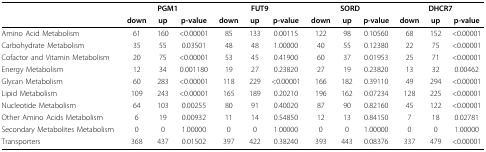
|  | <COLSPAN=3> PGM1 | <COLSPAN=3> FUT9 | <COLSPAN=3> SORD | <COLSPAN=3> DHCR7 |
 |  | down | up | p-value | down | up | p-value | down | up | p-value | down | up | p-value |
 | --- | --- | --- | --- | --- | --- | --- | --- | --- | --- | --- | --- | --- |
 | Amino Acid Metabolism | 61 | 160 | <0.00001 | 85 | 133 | 0.00115 | 122 | 98 | 0.10560 | 68 | 152 | <0.00001 |
 | Carbohydrate Metabolism | 35 | 55 | 0.03501 | 48 | 48 | 1.00000 | 40 | 55 | 0.12380 | 22 | 75 | <0.00001 |
 | Cofactor and Vitamin Metabolism | 20 | 75 | <0.00001 | 53 | 45 | 0.41900 | 60 | 37 | 0.01953 | 25 | 71 | <0.00001 |
 | Energy Metabolism | 12 | 34 | 0.001180 | 19 | 27 | 0.23820 | 27 | 19 | 0.23820 | 13 | 32 | 0.00462 |
 | Glycan Metabolism | 60 | 283 | <0.00001 | 118 | 229 | <0.00001 | 166 | 182 | 0.39110 | 49 | 294 | <0.00001 |
 | Lipid Metabolism | 109 | 243 | <0.00001 | 165 | 189 | 0.20210 | 196 | 162 | 0.07234 | 128 | 225 | <0.00001 |
 | Nucleotide Metabolism | 64 | 103 | 0.00255 | 80 | 91 | 0.40020 | 87 | 90 | 0.82160 | 45 | 122 | <0.00001 |
 | Other Amino Acids Metabolism | 6 | 19 | 0.00932 | 11 | 14 | 0.54850 | 12 | 13 | 0.84150 | 7 | 18 | 0.02781 |
 | Secondary Metabolites Metabolism | 0 | 0 | 1.00000 | 0 | 0 | 1.00000 | 0 | 0 | 1.00000 | 0 | 0 | 1.00000 |
 | Transporters | 368 | 437 | 0.01502 | 397 | 422 | 0.38240 | 393 | 443 | 0.08376 | 337 | 479 | <0.00001 |